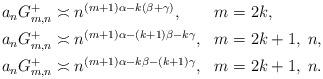
LaTeX: \begin{align*} \begin{aligned} & a_nG_{m,n}^+ \asymp n^{(m+1)\alpha-k(\beta+\gamma)}, & & m=2k, \\ & a_nG_{m,n}^+ \asymp n^{(m+1)\alpha-(k+1)\beta-k\gamma}, & & m=2k+1, \; n, \\ & a_nG_{m,n}^+ \asymp n^{(m+1)\alpha-k\beta-(k+1)\gamma}, & & m=2k+1, \; n. \end{aligned} \end{align*}